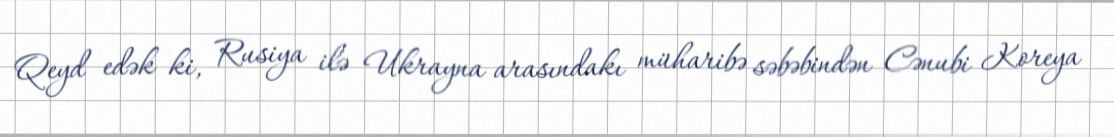
Qeyd edək ki, Rusiya ilə Ukrayna arasındakı müharibə səbəbindən Cənubi Koreya